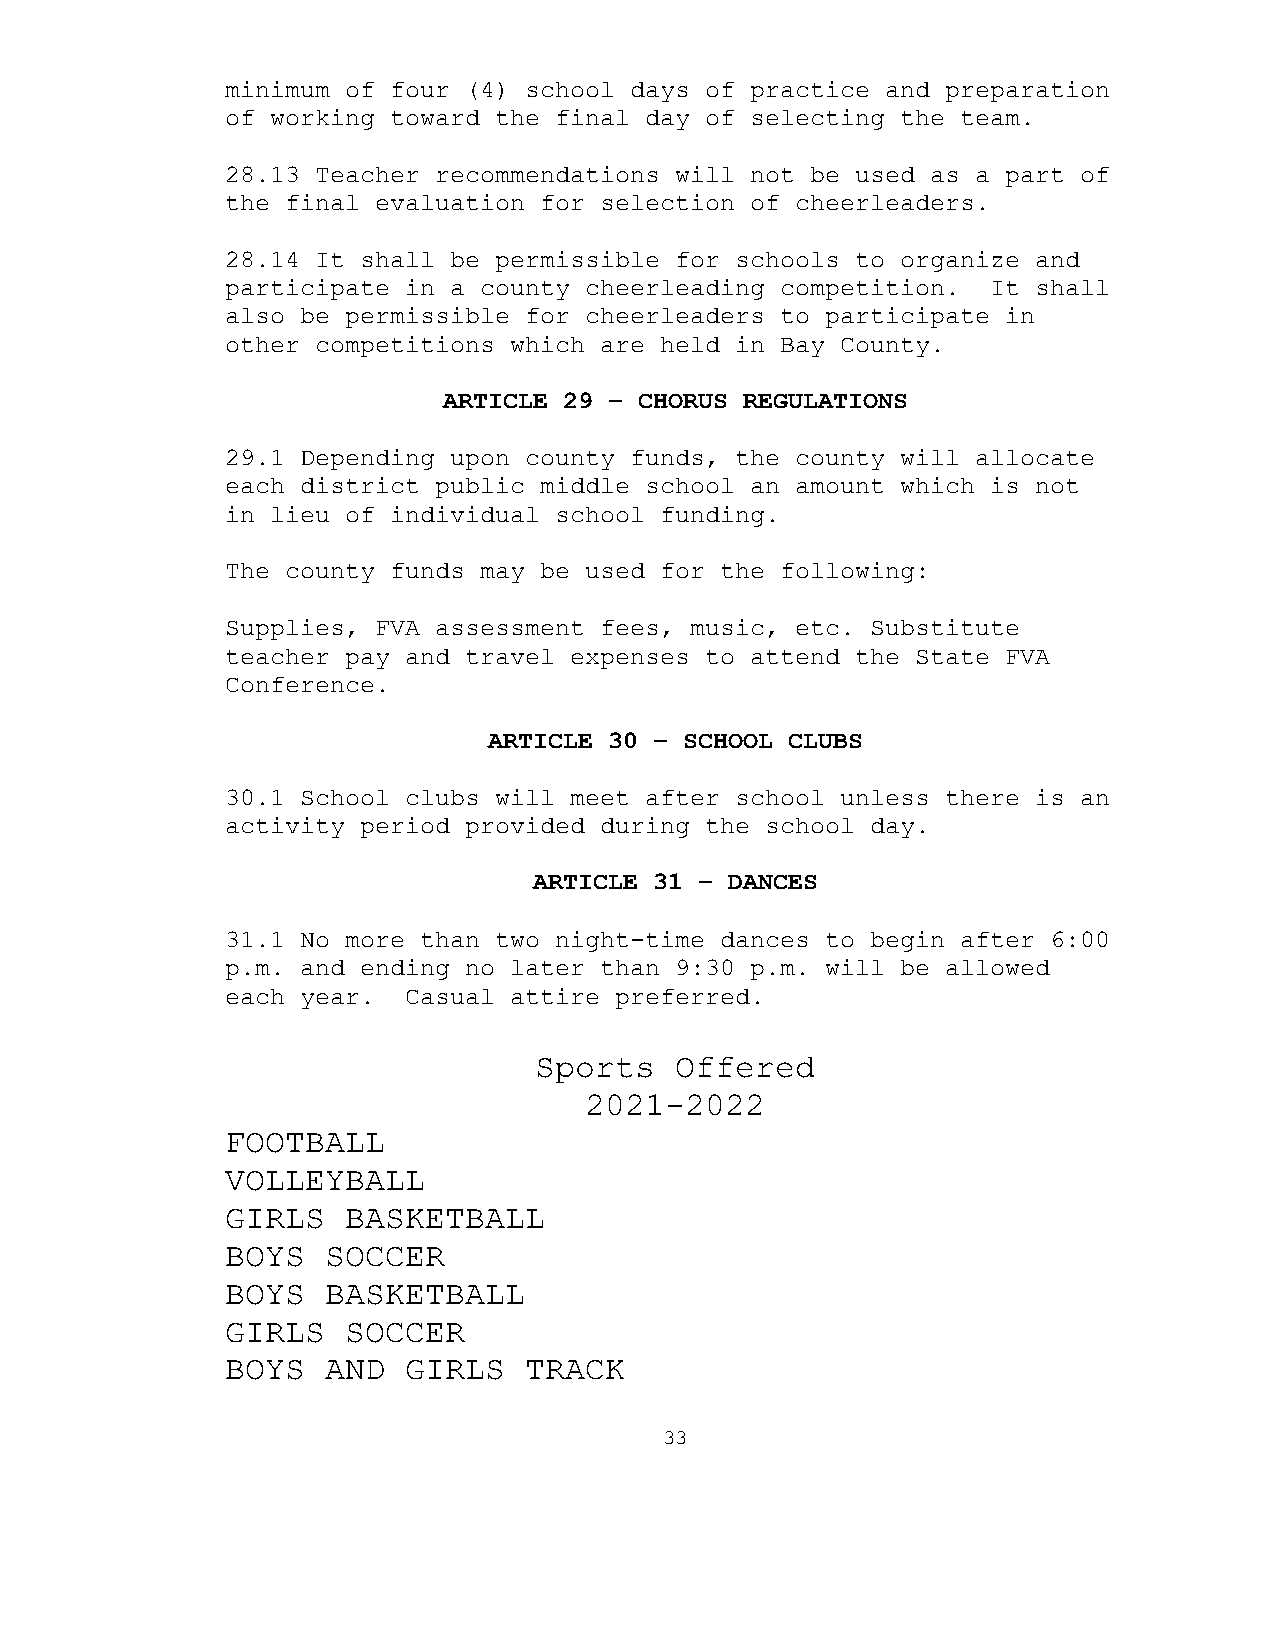
minimum of four (4) school days of practice and preparation
 of working toward the final day of selecting the team.
 28.13 Teacher recommendations will not be used as a part of
 the final evaluation for selection of cheerleaders.
 28.14 It shall be permissible for schools to organize and
 participate in a county cheerleading competition.  It shall
 also be permissible for cheerleaders to participate in
 other competitions which are held in Bay County.
 ARTICLE 29 – CHORUS REGULATIONS
 29.1 Depending upon county funds, the county will allocate
 each district public middle school an amount which is not
 in lieu of individual school funding.
 The county funds may be used for the following:
 Supplies, FVA assessment fees, music, etc. Substitute
 teacher pay and travel expenses to attend the State FVA
 Conference.
 ARTICLE 30 – SCHOOL CLUBS
 30.1 School clubs will meet after school unless there is an
 activity period provided during the school day.
 ARTICLE 31 – DANCES
 31.1 No more than two night-time dances to begin after 6:00
 p.m. and ending no later than 9:30 p.m. will be allowed
 each year.  Casual attire preferred.
 Sports    Offered
 2021-2022
 FOOTBALL
 VOLLEYBALL
 GIRLS   BASKETBALL
 BOYS   SOCCER
 BOYS   BASKETBALL
 GIRLS   SOCCER
 BOYS   AND  GIRLS   TRACK
 33